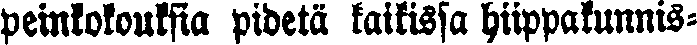
peinkokouksia pidetä kaikissa hiippakunnis-